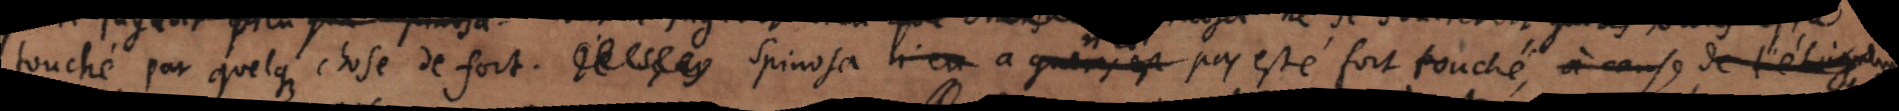
touché par quelques choses de fort. Je sçay Spinosa a pas esté fort touché, à cause de l’éloignement